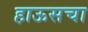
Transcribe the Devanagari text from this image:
हाऊसचा